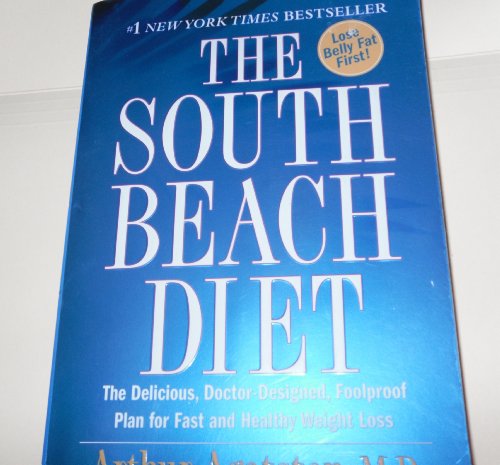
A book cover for the south beach diet; Arthur Agatston; Health, Fitness & Dieting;